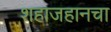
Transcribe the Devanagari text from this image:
शहाजहानचा